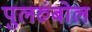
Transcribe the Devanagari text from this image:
पुलरुंबोल